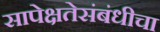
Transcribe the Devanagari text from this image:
सापेक्षतेसंबंधीचा